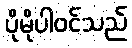
ပိုမိုပါဝင်သည်